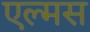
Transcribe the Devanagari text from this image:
एल्मस